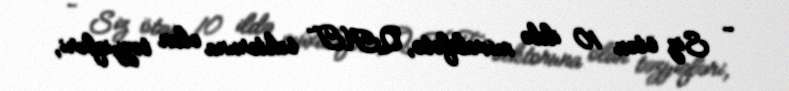
- Siz ötən 10 ildə müxalifətə, QHT sektoruna olan təzyiqləri,